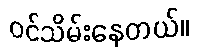
ဝင်သိမ်းနေတယ်။